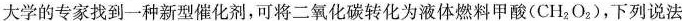
大学的专家找到一种新型催化剂，可将二氧化碳转化为液体燃料甲酸(CH_{2}O_{2})，下列说法